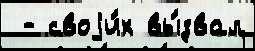
 - своjи́х вы́звал